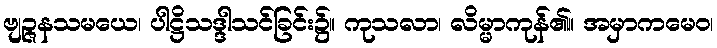
ဗျဉ္ဇနသမယေ၊ ပါဋ္ဌိသဒ္ဒါသင်ခြင်း၌။ ကုသလာ၊ လိမ္မာကုန်၏။ အမှာကမေဝ၊